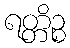
ရတ္တိဉ္စ